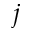
j